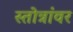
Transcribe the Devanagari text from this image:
स्तोत्रांवर